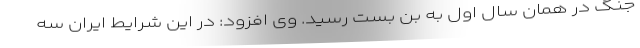
جنگ در همان سال اول به بن بست رسید. وی افزود: در این شرایط ایران سه